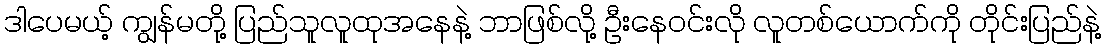
ဒါပေမယ့် ကျွန်မတို့ ပြည်သူလူထုအနေနဲ့ ဘာဖြစ်လို့ ဦးနေဝင်းလို လူတစ်ယောက်ကို တိုင်းပြည်နဲ့